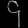
Digit: ၄